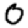
Digit: 0